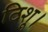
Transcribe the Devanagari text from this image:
टिशू।